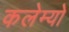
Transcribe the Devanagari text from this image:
कलेम्यो